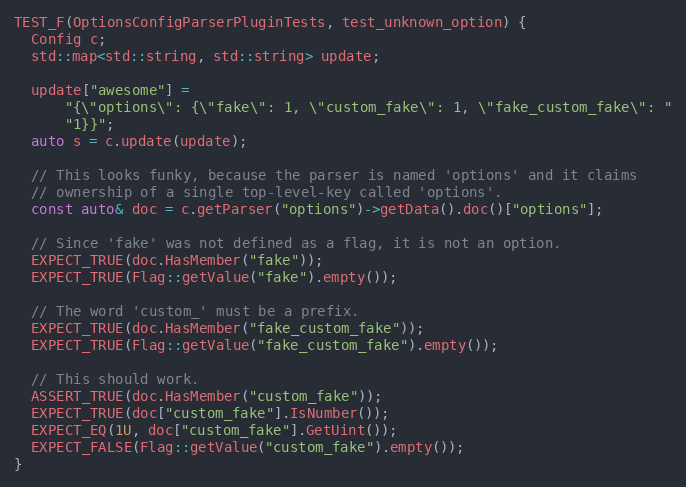
Language: C++
TEST_F(OptionsConfigParserPluginTests, test_unknown_option) {
  Config c;
  std::map<std::string, std::string> update;

  update["awesome"] =
      "{\"options\": {\"fake\": 1, \"custom_fake\": 1, \"fake_custom_fake\": "
      "1}}";
  auto s = c.update(update);

  // This looks funky, because the parser is named 'options' and it claims
  // ownership of a single top-level-key called 'options'.
  const auto& doc = c.getParser("options")->getData().doc()["options"];

  // Since 'fake' was not defined as a flag, it is not an option.
  EXPECT_TRUE(doc.HasMember("fake"));
  EXPECT_TRUE(Flag::getValue("fake").empty());

  // The word 'custom_' must be a prefix.
  EXPECT_TRUE(doc.HasMember("fake_custom_fake"));
  EXPECT_TRUE(Flag::getValue("fake_custom_fake").empty());

  // This should work.
  ASSERT_TRUE(doc.HasMember("custom_fake"));
  EXPECT_TRUE(doc["custom_fake"].IsNumber());
  EXPECT_EQ(1U, doc["custom_fake"].GetUint());
  EXPECT_FALSE(Flag::getValue("custom_fake").empty());
}